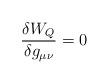
LaTeX: \begin{align*}{\delta W_Q\over \delta g_{\mu\nu}}=0\end{align*}